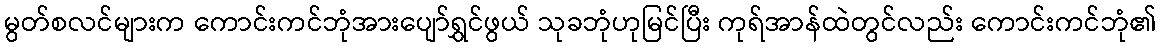
မွတ်စလင်များက ကောင်းကင်ဘုံအားပျော်ရွှင်ဖွယ် သုခဘုံဟုမြင်ပြီး ကုရ်အာန်ထဲတွင်လည်း ကောင်းကင်ဘုံ၏